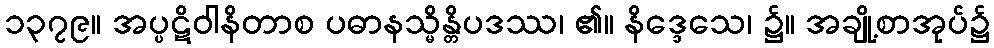
၁၃၇၉။ အပ္ပဋိဝါနိတာစ ပဓာနသ္မိန္တိပဒဿ၊ ၏။ နိဒ္ဒေသေ၊ ၌။ အချို့စာအုပ်၌